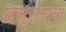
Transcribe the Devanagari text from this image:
असुरांच्या